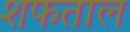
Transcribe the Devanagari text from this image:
शफताल